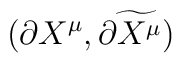
(\partial X^{\mu },\widetilde{\partial X^{\mu })}